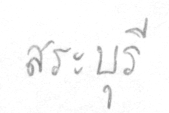
สระบุรี